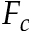
F _ { c }